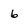
Character: 6